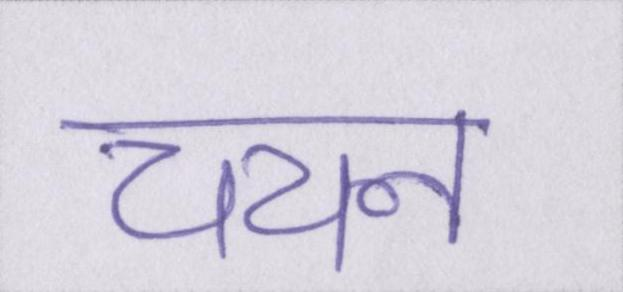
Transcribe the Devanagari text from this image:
चयन